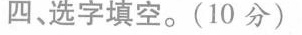
四选字填空。(10分)